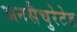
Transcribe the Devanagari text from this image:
अनसैचुरेटेड